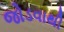
જોડવાથી